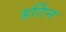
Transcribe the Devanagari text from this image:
हर्टिन